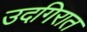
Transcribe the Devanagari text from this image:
उदगिरात